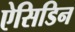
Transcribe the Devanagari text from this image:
ऐसिडिन